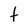
Character: t